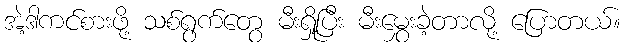
အဲ့ဒါကင်စားဖို့ သစ်ရွက်တွေ မီးရှို့ပြီး မီးမွှေးခဲ့တာလို့ ပြောတယ်။